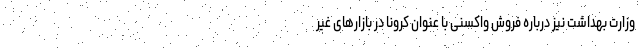
وزارت بهداشت نیز درباره فروش واکسنی با عنوان کرونا در بازارهای غیر